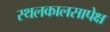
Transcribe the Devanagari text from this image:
स्थलकालसापेक्ष